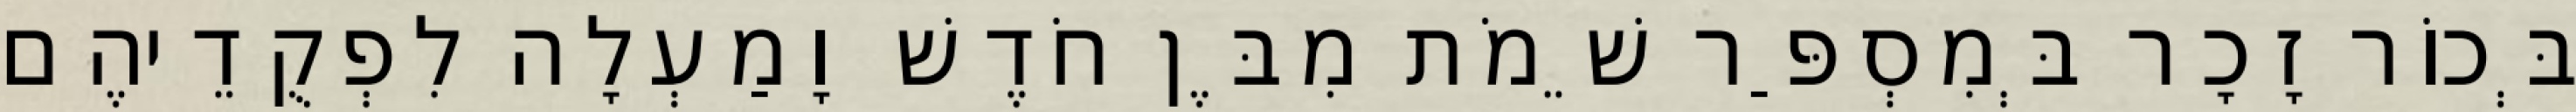
בְּכוֹר זָכָר בְּמִסְפַּר שֵׁמֹת מִבֶּן חֹדֶשׁ וָמַעְלָה לִפְקֻדֵיהֶם